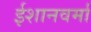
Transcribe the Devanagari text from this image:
ईशानवर्मा